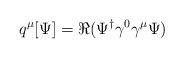
LaTeX: \begin{align*}q^\mu[\Psi] = \Re(\Psi^\dagger\gamma^0\gamma^\mu\Psi)\end{align*}